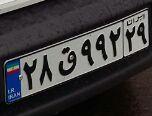
۲۸ق۹۹۲۲۹